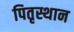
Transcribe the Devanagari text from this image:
पितृस्थान